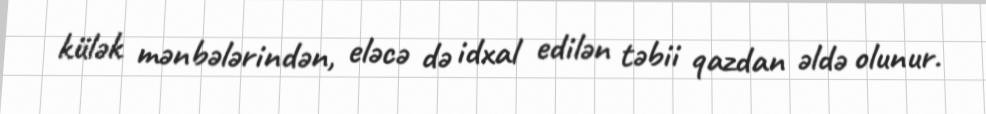
külək mənbələrindən, eləcə də idxal edilən təbii qazdan əldə olunur.